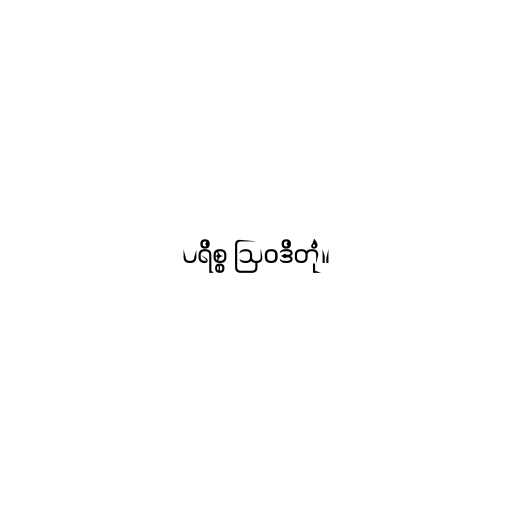
ပရိစ္စ ဩဝဒိတုံ။